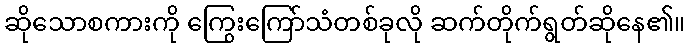
ဆိုသောစကားကို ကြွေးကြော်သံတစ်ခုလို ဆက်တိုက်ရွတ်ဆိုနေ၏။